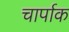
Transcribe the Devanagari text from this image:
चार्पाक